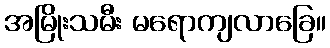
အမြိုးသမီး မရောကျလာခြေ။